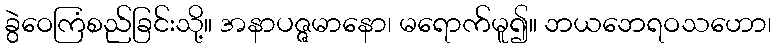
ခွဲဝေကြံစည်ခြင်းသို့။ အနာပဇ္ဇမာနော၊ မရောက်မူ၍။ ဘယဘေရဝသဟော၊